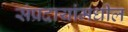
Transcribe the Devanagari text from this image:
संप्रदायांमधील